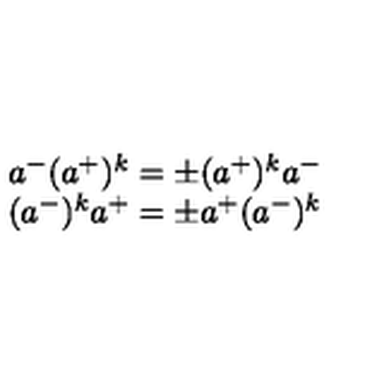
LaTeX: \begin{array} { c } { a ^ { - } ( a ^ { + } ) ^ { k } = \pm ( a ^ { + } ) ^ { k } a ^ { - } } \\ { ( a ^ { - } ) ^ { k } a ^ { + } = \pm a ^ { + } ( a ^ { - } ) ^ { k } } \\ \end{array}